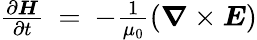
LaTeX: \begin{array}{r}{\frac{\partial\boldsymbol{H}}{\partial t}\: =\: -\frac{1}{\mu_{0}}(\boldsymbol{\nabla}\times\boldsymbol{E})}\end{array}